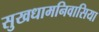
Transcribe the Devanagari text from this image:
सुखधामनिवासिया